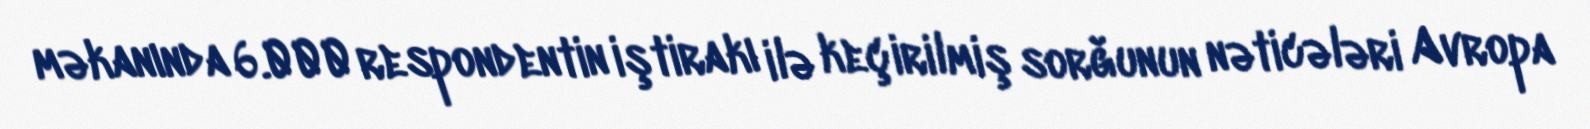
məkanında 6.000 respondentin iştirakı ilə keçirilmiş sorğunun nəticələri Avropa